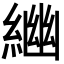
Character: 𦂣